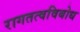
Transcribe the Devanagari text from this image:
रागतत्वविबोध